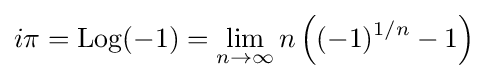
i\pi =\operatorname {Log} (-1)=\lim _{n\to \infty }n\left((-1)^{1/n}-1\right)